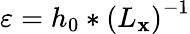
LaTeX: \varepsilon=h_{0}*\left(L_{\mathbf{x}}\right)^{-1}